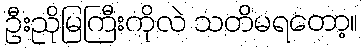
ဦးညိုမြကြီးကိုလဲ သတိမရတော့။